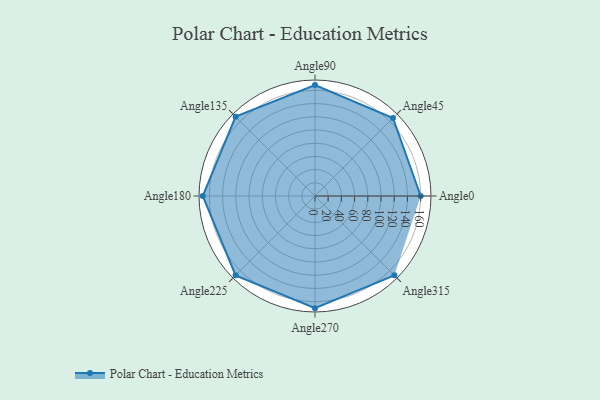
{"axis": {"x": "Angle", "y": "Radius"}, "legend": [""], "data": [{"x": "Angle0", "y": 160.0, "type": ""}, {"x": "Angle45", "y": 167.0, "type": ""}, {"x": "Angle90", "y": 168.0, "type": ""}, {"x": "Angle135", "y": 170, "type": ""}, {"x": "Angle180", "y": 170, "type": ""}, {"x": "Angle225", "y": 170, "type": ""}, {"x": "Angle270", "y": 170, "type": ""}, {"x": "Angle315", "y": 170, "type": ""}]}